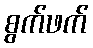
စွက်ဖက်